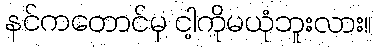
နင်ကတောင်မှ ငါ့ကိုမယုံဘူးလား။